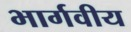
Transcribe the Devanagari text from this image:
भार्गवीय